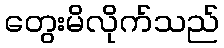
တွေးမိလိုက်သည်